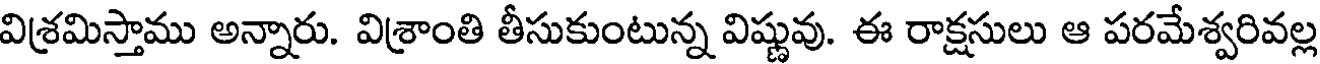
విశ్రమిస్తాము అన్నారు. విశ్రాంతి తీసుకుంటున్న విష్ణువు. ఈ రాక్షసులు ఆ పరమేశ్వరివల్ల